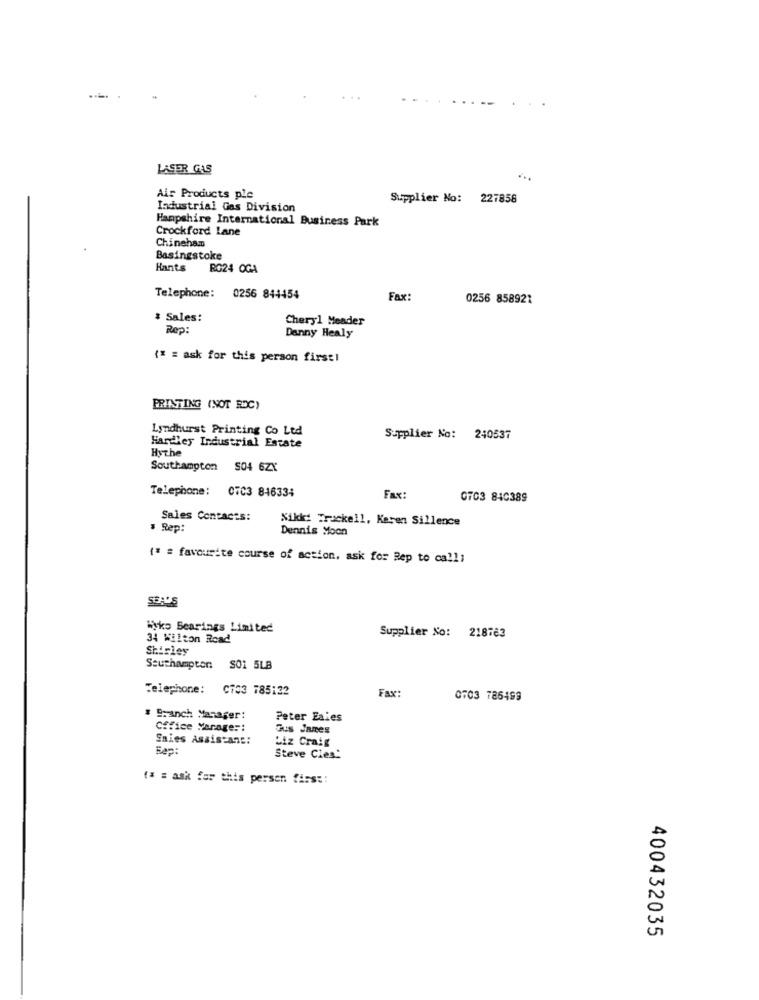
LASER GAS
Air Products ple
Supplier No: 227858
Industrial Ges Division
Hampshire International Business Park
Crockford Lane
Chinehamm
Basingstoke
Hants
RG24 OGA
Telephone:
0256 844454
Fax:
0256 858921
# Sales:
Cheryl Meader
Rep:
Danny Healy
(* = ask for this person first!
PRINTING (NOT RDC)
Lyndhurst Printing Co Ltd
Supplier No: 240537
Hardhey Industrial Estate
Hythe
Southampton S04 6ZY
Telephone: 07C3 846334
Fax:
0703 840389
Sales Contacts:
Nikki Truckell, Karen Sillence
· Rep:
Dennis Moon
(* = favourite course of action, ask for Rep to call;
SEALS
Wyko Bearings Limited
34 Wilton Road
Supplier No: 218763
Shirley
Southampton SO1 5LB
Telephone: C703 785132
Fax:
0703 786499
# Branch Manager:
Peter Eaies
Office Manager:
Gus James
Sales Assistant:
Liz Craig
Rep:
Steve Cies!
(* = ask for this person first:
400432035